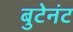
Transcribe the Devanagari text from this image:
बुटेनंट